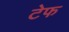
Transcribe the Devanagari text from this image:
टेफ